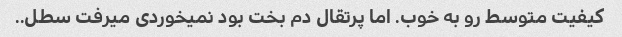
کیفیت متوسط رو به خوب. اما پرتقال دم بخت بود نمیخوردی میرفت سطل..